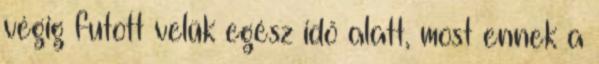
végig futott velük egész idő alatt, most ennek a